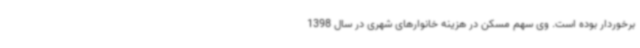
برخوردار بوده است. وی سهم مسکن در هزینه خانوارهای شهری در سال 1398